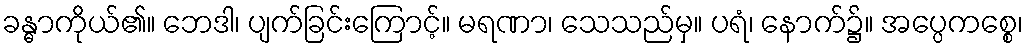
ခန္ဓာကိုယ်၏။ ဘေဒါ၊ ပျက်ခြင်းကြောင့်။ မရဏာ၊ သေသည်မှ။ ပရံ၊ နောက်၌။ အပ္ပေကစ္စေ၊